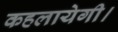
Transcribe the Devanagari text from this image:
कहलायेगी।